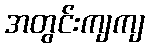
အတွင်းကျကျ